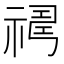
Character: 𥛇